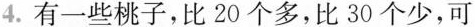
4.有一些桃子，比20个多，比30个少，可